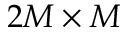
2 M \times M